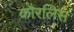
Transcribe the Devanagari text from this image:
कौरलिस